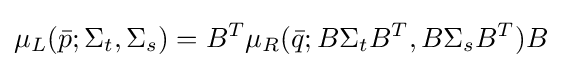
\mu _{L}({\bar {p}};\Sigma _{t},\Sigma _{s})=B^{T}\mu _{R}({\bar {q}};B\Sigma _{t}B^{T},B\Sigma _{s}B^{T})B